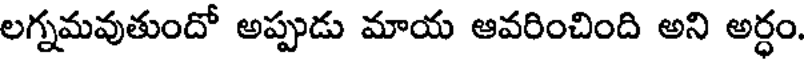
లగ్నమవుతుందో అప్పుడు మాయ ఆవరించింది అని అర్ధం.